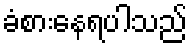
ခံစားနေရပါသည်